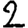
Digit: 2